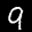
Label: 9